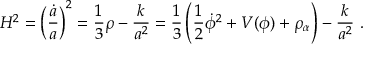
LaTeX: H ^ { 2 } = \left( { \frac { \dot { a } } { a } } \right) ^ { 2 } = { \frac { 1 } { 3 } } \rho - { \frac { k } { a ^ { 2 } } } = { \frac { 1 } { 3 } } \left( { \frac { 1 } { 2 } } \dot { \phi } ^ { 2 } + V ( \phi ) + \rho _ { \alpha } \right) - { \frac { k } { a ^ { 2 } } } \ .